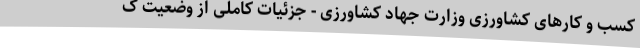
کسب و کارهای کشاورزی وزارت جهاد کشاورزی - جزئیات کاملی از وضعیت ک